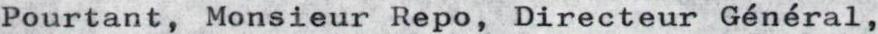
Pourtant, Monsieur Repo, Directeur Général,